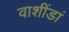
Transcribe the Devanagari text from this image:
वाशींडां